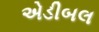
એડીબલ